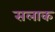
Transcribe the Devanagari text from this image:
सलाक